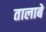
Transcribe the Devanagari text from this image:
तालाबें